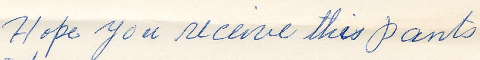
Hope you receive this pants